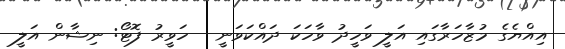
އިއްޔެގެ މުޒާހަރާގައި އަލީ ވަހީދު ވާހަކަ ދައްކަވަނީ-- ހަވީރު ފޮޓޯ: ނިޝާން އަލީ